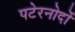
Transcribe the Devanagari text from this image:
पटेरनोदों